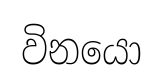
විනයො